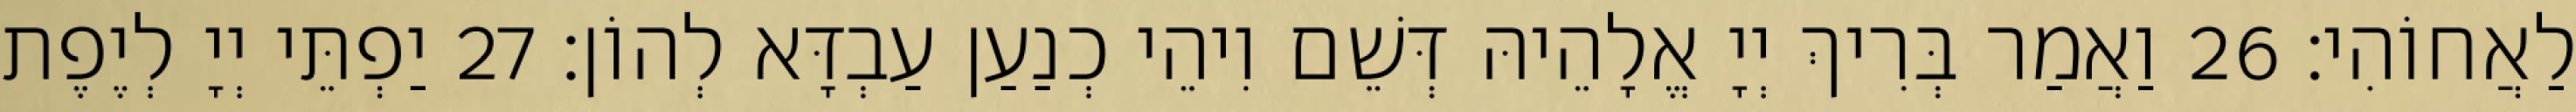
לַאֲחוֹהִי׃ 26 וַאֲמַר בְּרִיךְ יְיָ אֱלָהֵיהּ דְּשֵׁם וִיהֵי כְנַעַן עַבְדָּא לְהוֹן׃ 27 יַפְתֵּי יְיָ לְיֶפֶת